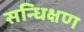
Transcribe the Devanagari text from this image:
सन्धिक्षण